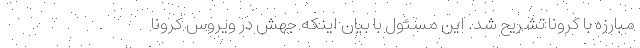
مبارزه با کرونا تشریح شد. این مسئول با بیان اینکه جهش در ویروس کرونا